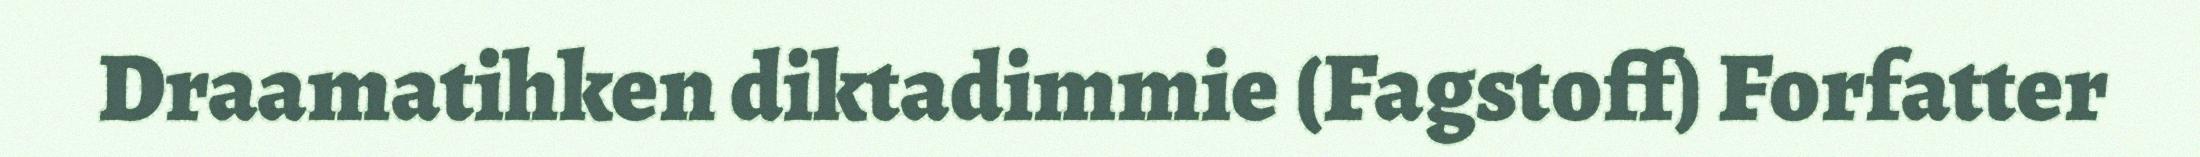
Draamatihken diktadimmie (Fagstoff) Forfatter